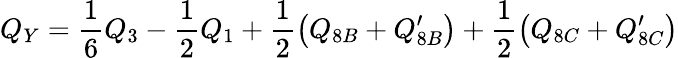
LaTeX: Q_{Y}=\frac{1}{6}Q_{3}-\frac{1}{2}Q_{1}+\frac{1}{2}\left(Q_{8B}+Q_{8B}^{\prime}\right)+\frac{1}{2}\left(Q_{8C}+Q_{8C}^{\prime}\right)